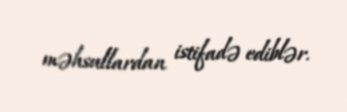
məhsullardan istifadə ediblər.